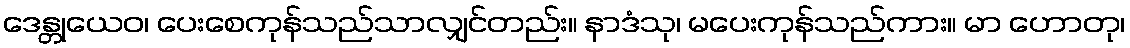
ဒေန္တုယေဝ၊ ပေးစေကုန်သည်သာလျှင်တည်း။ နာဒံသု၊ မပေးကုန်သည်ကား။ မာ ဟောတု၊